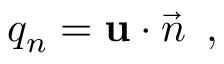
q _ { n } = { \bf u } \cdot \vec { n } \, \mathrm { ~ , ~ }